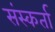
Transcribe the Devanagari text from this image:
संस्कर्ता